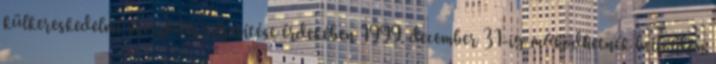
külkereskedelmi szerződés teljesítése érdekében 1999. december 31-ig működhetnek belföldön